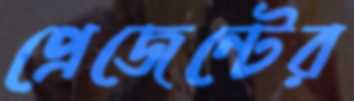
প্রেজেন্টের